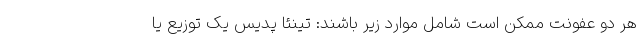
هر دو عفونت ممکن است شامل موارد زیر باشند: تینئا پدیس یک توزیع یا